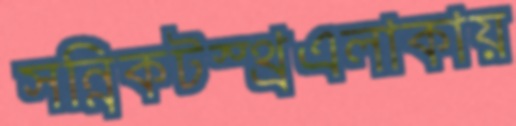
সন্নিকটস্থ্রএলাকায়